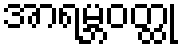
အာရမ္ဘဝတ္ထု